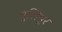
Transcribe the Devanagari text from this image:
पुलियुर